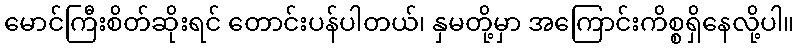
မောင်ကြီးစိတ်ဆိုးရင် တောင်းပန်ပါတယ်၊ နှမတို့မှာ အကြောင်းကိစ္စရှိနေလို့ပါ။